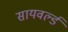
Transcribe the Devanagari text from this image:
सायवर्ल्ड